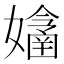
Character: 𡣔